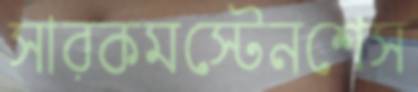
সারকমস্টেনশেস